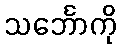
သင်္ဘောကို